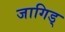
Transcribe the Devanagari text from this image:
जागिड्